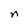
Character: n